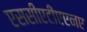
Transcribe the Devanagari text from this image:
एससीएटीएएनए